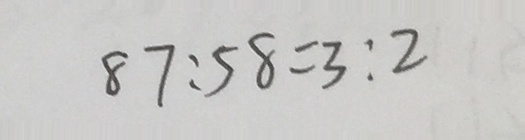
8 7 : 5 8 = 3 : 2